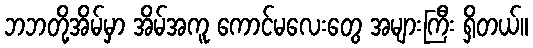
ဘဘတို့အိမ်မှာ အိမ်အကူ ကောင်မလေးတွေ အများကြီး ရှိတယ်။